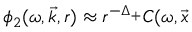
\phi _ { 2 } ( \omega , \vec { k } , r ) \approx r ^ { - \Delta _ { + } } C ( \omega , \vec { x }